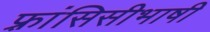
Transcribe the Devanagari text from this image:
फ़्रांसिसीभाषी